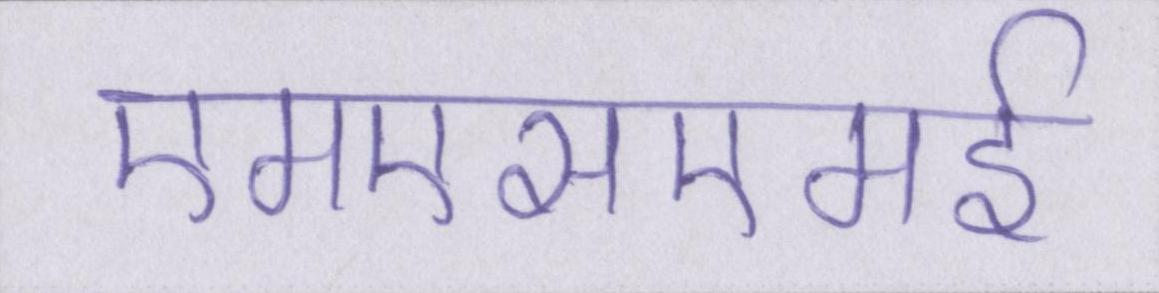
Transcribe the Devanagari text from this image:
एमएसएमई